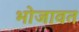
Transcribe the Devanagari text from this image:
भोजावत